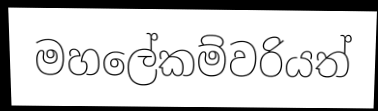
මහලේකම්වරියත්